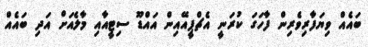
ބައެއް ވިޔަފާރިވެރިން ފާހަގަ ކުރަނީ އެޗްޕީއޭއިން އައްޑޫ ސިޓީއާއި މާލެއަށް އަދި ބައެއް